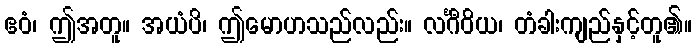
ဧဝံ၊ ဤအတူ။ အယံပိ၊ ဤမောဟသည်လည်း။ လင်္ဂီဝိယ၊ တံခါးကျည်နှင့်တူ၏။